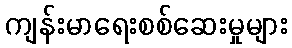
ကျန်းမာရေးစစ်ဆေးမှုများ